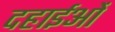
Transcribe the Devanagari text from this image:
दहाईओं